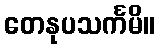
တေနုပသင်္ကမိ။